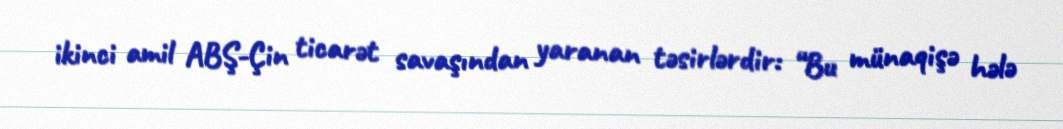
ikinci amil ABŞ-Çin ticarət savaşından yaranan təsirlərdir: “Bu münaqişə hələ